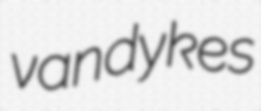
vandykes